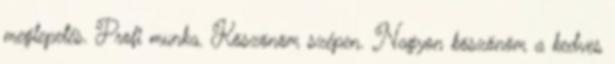
meglepetés. Profi munka. Köszönöm szépen. Nagyon köszönöm a kedves